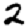
Digit: 2